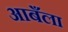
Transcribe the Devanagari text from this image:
आबँला